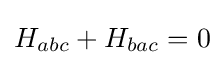
H_{abc}+H_{bac}=0